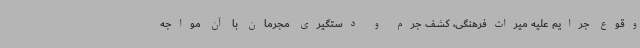
وقوع جرایم علیه میراث‌فرهنگی، کشف جرم و دستگیری مجرمان با آن مواجه